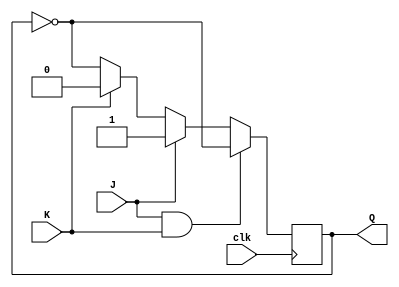
module JK_FF(
    input J,
    input K,
    input clk,
    output reg Q
);

reg Q1, Q2;

always @ (posedge clk)
begin
    if (J & K)
    begin
        Q1 <= Q;
        Q2 <= ~Q;
    end 
    else if (J)
    begin
        Q1 <= 1;
        Q2 <= 1;
    end
    else if (K)
    begin
        Q1 <= 0;
        Q2 <= 0;
    end
    else
    begin
        Q1 <= Q;
        Q2 <= ~Q;
    end
end

assign Q = Q2;

endmodule